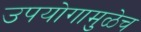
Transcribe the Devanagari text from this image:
उपयोगामुळेच